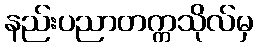
နည်းပညာတက္ကသိုလ်မှ